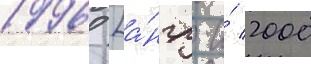
1996 [а́нгл. и́ 2000